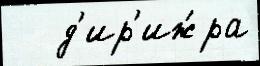
   д'ир'иж́ра